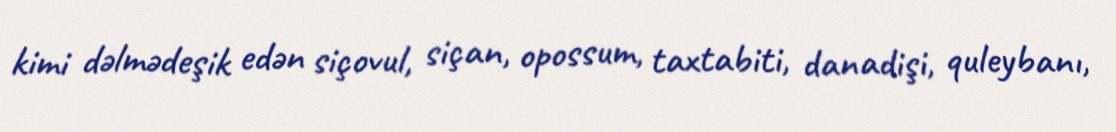
kimi dəlmədeşik edən siçovul, siçan, opossum, taxtabiti, danadişi, quleybanı,